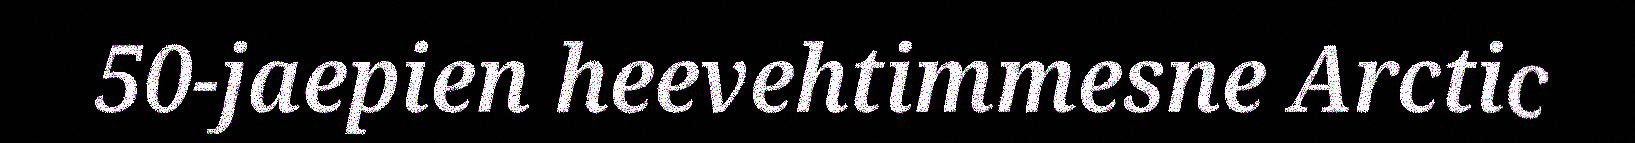
50-jaepien heevehtimmesne Arctic